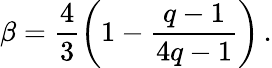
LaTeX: \beta=\frac 43\biggl(1-\frac{q-1}{4q-1}\biggr)\, .